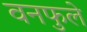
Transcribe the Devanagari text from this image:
वनफुले